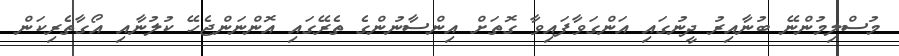
މުސްލިމުންނޭ ބުނާއިރު ދީނުގައި އަންގަވާފައިވާ ގޮތަށް އިންސާނުންގެ ތެރޭގައި އޮންނަންޖެހޭ ކުލުނާއި އޯގާތެރިކަން